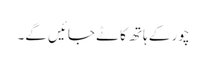
چور کے ہاتھ کاٹے جائیں گے۔